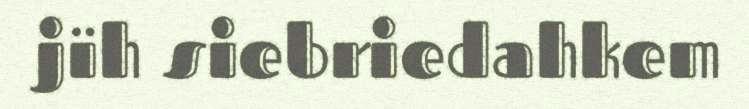
jïh siebriedahkem